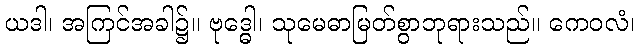
ယဒါ၊ အကြင်အခါ၌။ ဗုဒ္ဓေါ၊ သုမေဓာမြတ်စွာဘုရားသည်။ ကေဝလံ၊